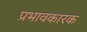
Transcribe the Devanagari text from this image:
प्रभावकारक